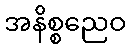
အနိစ္စညေဝ